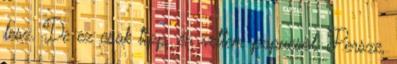
lesz. De ez csak tipp. én vettem papucsot. Persze,